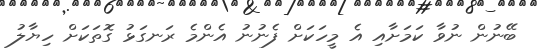
ބޭނުން ނުވާ ކަމަށާއި އެ މީހަކަށް ފެނުނު އެންމެ ރަނގަޅު ގޮތަކަށް ހިޔާލު